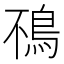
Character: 鴀